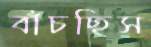
বাঁচছিস